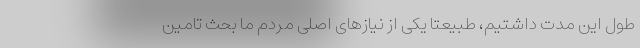
طول این مدت داشتیم، طبیعتاً یکی از نیازهای اصلی مردم ما بحث تامین